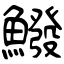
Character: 鱍